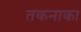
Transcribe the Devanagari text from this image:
तकनाका